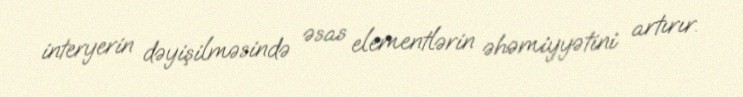
interyerin dəyişilməsində əsas elementlərin əhəmiyyətini artırır.